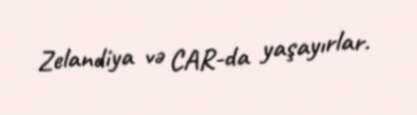
Zelandiya və CAR-da yaşayırlar.